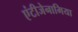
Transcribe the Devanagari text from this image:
एंटीजेनामिया